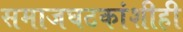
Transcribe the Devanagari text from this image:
समाजघटकांशीही